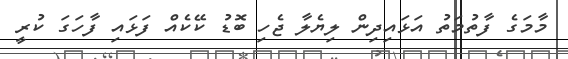
މާމަގެ ފާތުމަތު އަޅައިދިން ލިޔެލާ ޖެހި ބޮޑު ކޭކެއް ފަޅައި ފާހަގަ ކުރީ